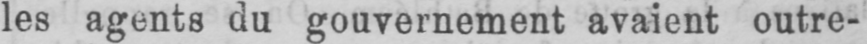
les agents du gouvernement avaient outre-